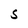
Character: S